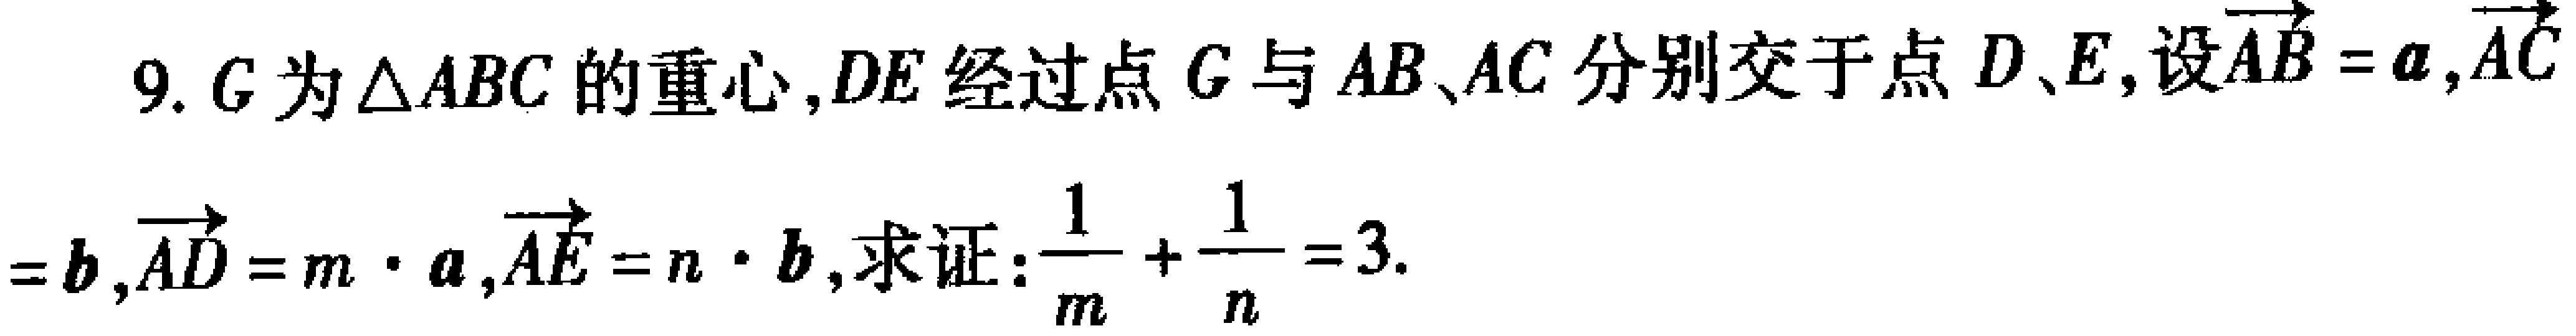
9. \(G\)为\(\triangle ABC\)的重心，\(DE\)经过点\(G\)与\(AB\)、\(AC\)分别交于点\(D\)、\(E\)，设\(\overrightarrow{AB} = \boldsymbol{a}\)，\(\overrightarrow{AC}=\boldsymbol{b}\)，\(\overrightarrow{AD} = m\cdot\boldsymbol{a}\)，\(\overrightarrow{AE} = n\cdot\boldsymbol{b}\)，求证：\(\frac{1}{m}+\frac{1}{n}=3\).